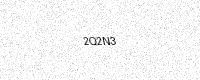
Text: 2Q2N3